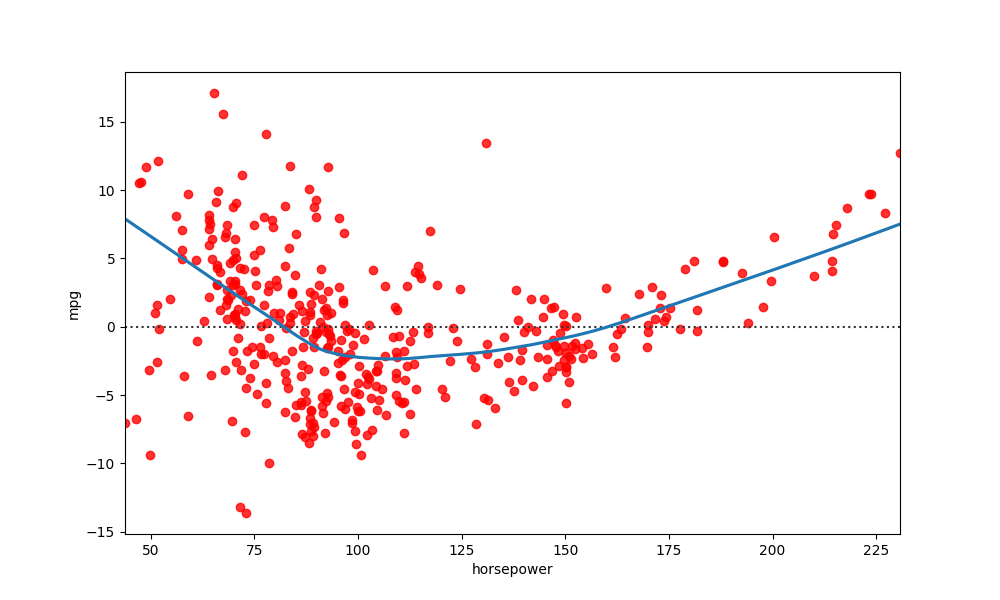
python, seaborn, residplot, lowess=True, scatter_color=red